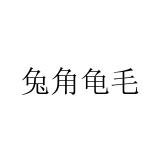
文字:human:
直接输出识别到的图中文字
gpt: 兔角龟毛